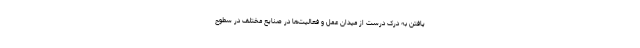
یافتن به درک درست از میدان عمل و فعالیت‌ها در صنایع مختلف در سطوح